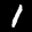
Label: 1